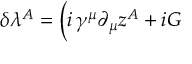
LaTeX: \delta \lambda ^ { A } = \Big ( i \, \gamma ^ { \mu } \partial _ { \mu } z ^ { A } + i { \cal G }